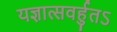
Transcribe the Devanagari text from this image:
यज्ञात्सवर्हुतऽ